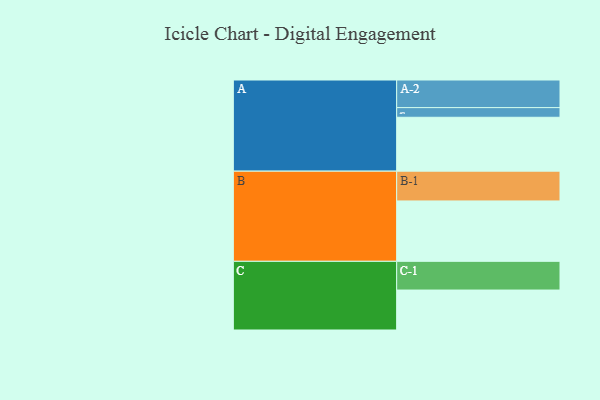
{"axis": {"x": "Segment", "y": "Value"}, "legend": ["", "A", "B", "C"], "data": [{"x": "A", "y": 525, "type": ""}, {"x": "B", "y": 588, "type": ""}, {"x": "C", "y": 389, "type": ""}, {"x": "A-1", "y": 94, "type": "A"}, {"x": "A-2", "y": 269, "type": "A"}, {"x": "B-1", "y": 290, "type": "B"}, {"x": "C-1", "y": 280, "type": "C"}]}